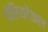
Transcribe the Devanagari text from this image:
पोलियटेकल